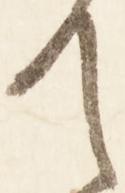
て